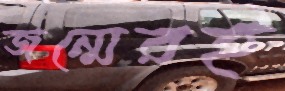
জন্মেরই